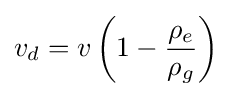
v_{d}=v\left(1-{\frac {\rho _{e}}{\rho _{g}}}\right)